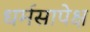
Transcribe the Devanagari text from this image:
धर्मसापेक्ष